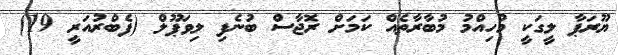
ޔޫރަޕާ ލީގަކީ މުހިއްމު މުބާރާތެއް ކަމަަށް ރޮޖާސް ބުނެފި ލިވަޕޫލް (ފެބްރުއަރީ 19)